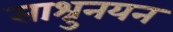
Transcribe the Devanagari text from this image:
साश्रुनयन